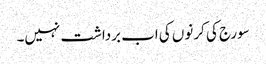
سورج کی کرنوں کی اب برداشت نہیں۔